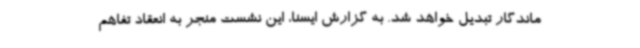
ماندگار تبدیل خواهد شد. به گزارش ایسنا، این نشست منجر به انعقاد تفاهم